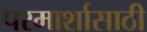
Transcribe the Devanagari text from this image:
परमार्शासाठी